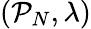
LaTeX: (\mathcal P_{N},\lambda)